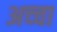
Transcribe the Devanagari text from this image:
अच्‍चा